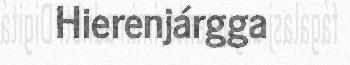
Hierenjárgga